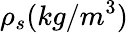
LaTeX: \rho_{s}(kg/m^{3})